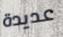
عديدة